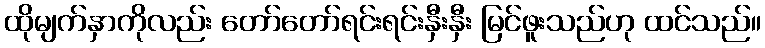
ထိုမျက်နှာကိုလည်း တော်တော်ရင်းရင်းနှီးနှီး မြင်ဖူးသည်ဟု ထင်သည်။